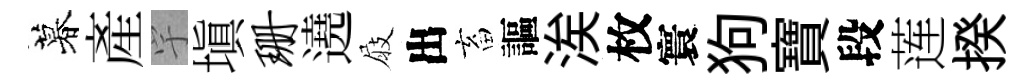
暮産宇塡珊遶屐出畜謳涘枚寰狗寶段莲揆